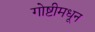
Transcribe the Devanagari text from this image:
गोष्टीमधून